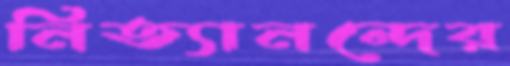
নিত্যানন্দের